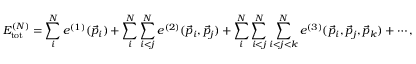
E _ { \mathrm { t o t } } ^ { ( N ) } = \sum _ { i } ^ { N } e ^ { ( 1 ) } ( \vec { p } _ { i } ) + \sum _ { i } ^ { N } \sum _ { i < j } ^ { N } e ^ { ( 2 ) } ( \vec { p } _ { i } , \vec { p } _ { j } ) + \sum _ { i } ^ { N } \sum _ { i < j } ^ { N } \sum _ { i < j < k } ^ { N } e ^ { ( 3 ) } ( \vec { p } _ { i } , \vec { p } _ { j } , \vec { p } _ { k } ) + \cdots ,